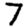
Digit: 7